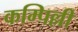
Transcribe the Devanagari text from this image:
कम्पिल्ली